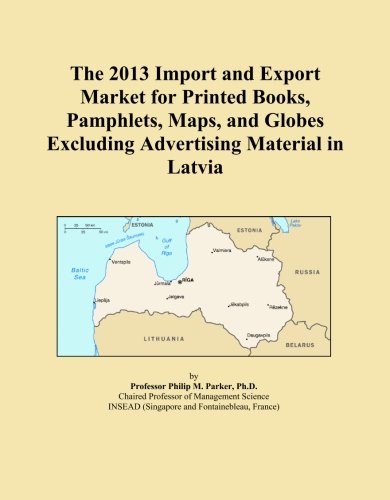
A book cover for The 2013 Import and Export Market for Printed Books, Pamphlets, Maps, and Globes Excluding Advertising Material in Latvia; Icon Group International; Travel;